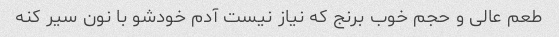
طعم عالی و حجم خوب برنج که نیاز نیست آدم خودشو با نون سیر کنه